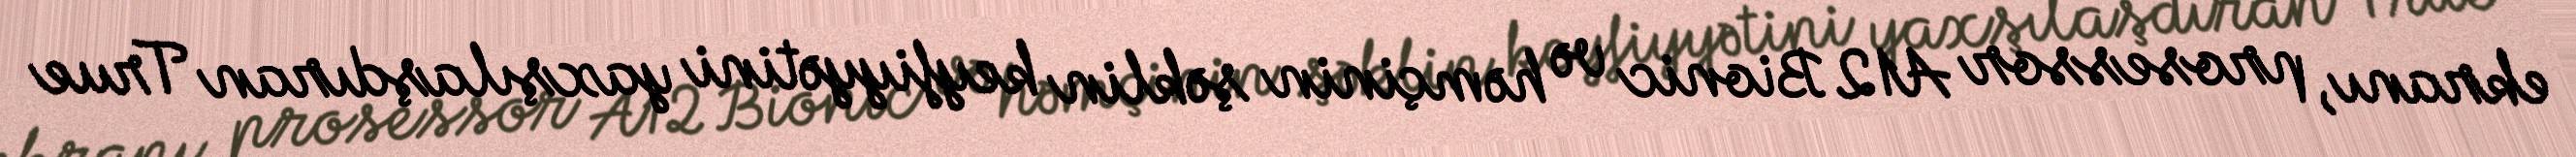
ekranı, prosessor A12 Bionic və həmçinin şəklin keyfiyyətini yaxşılaşdıran True